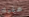
عليك